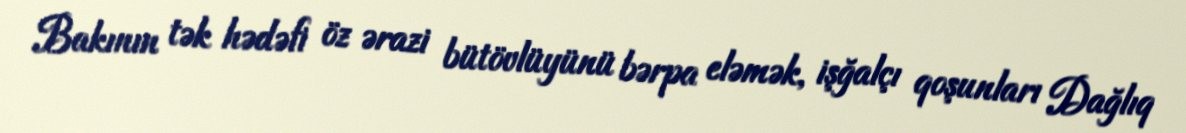
Bakının tək hədəfi öz ərazi bütövlüyünü bərpa eləmək, işğalçı qoşunları Dağlıq